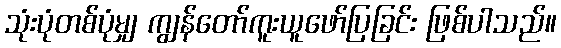
သုံးပုံတစ်ပုံမျှ ကျွန်တော်ကူးယူဖော်ပြခြင်း ဖြစ်ပါသည်။